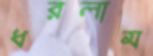
ধরলাম